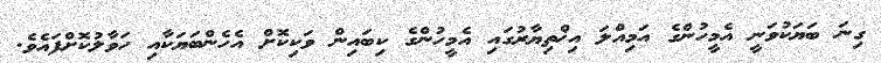
ގިނަ ބަޔަކުވަނީ އެމީހުންގެ އަމިއްލަ އިޚްތިޔާރުގައި އެމީހުންގެ ކިބައިން ވަކިކޮށް އެހެންބަޔަކާއި ހަވާލުކޮށްފައެވެ.